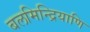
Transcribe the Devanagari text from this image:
बलमिन्द्रियाणि